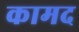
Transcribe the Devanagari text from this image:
कामद